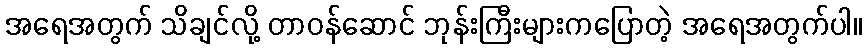
အရေအတွက် သိချင်လို့ တာဝန်ဆောင် ဘုန်းကြီးများကပြောတဲ့ အရေအတွက်ပါ။